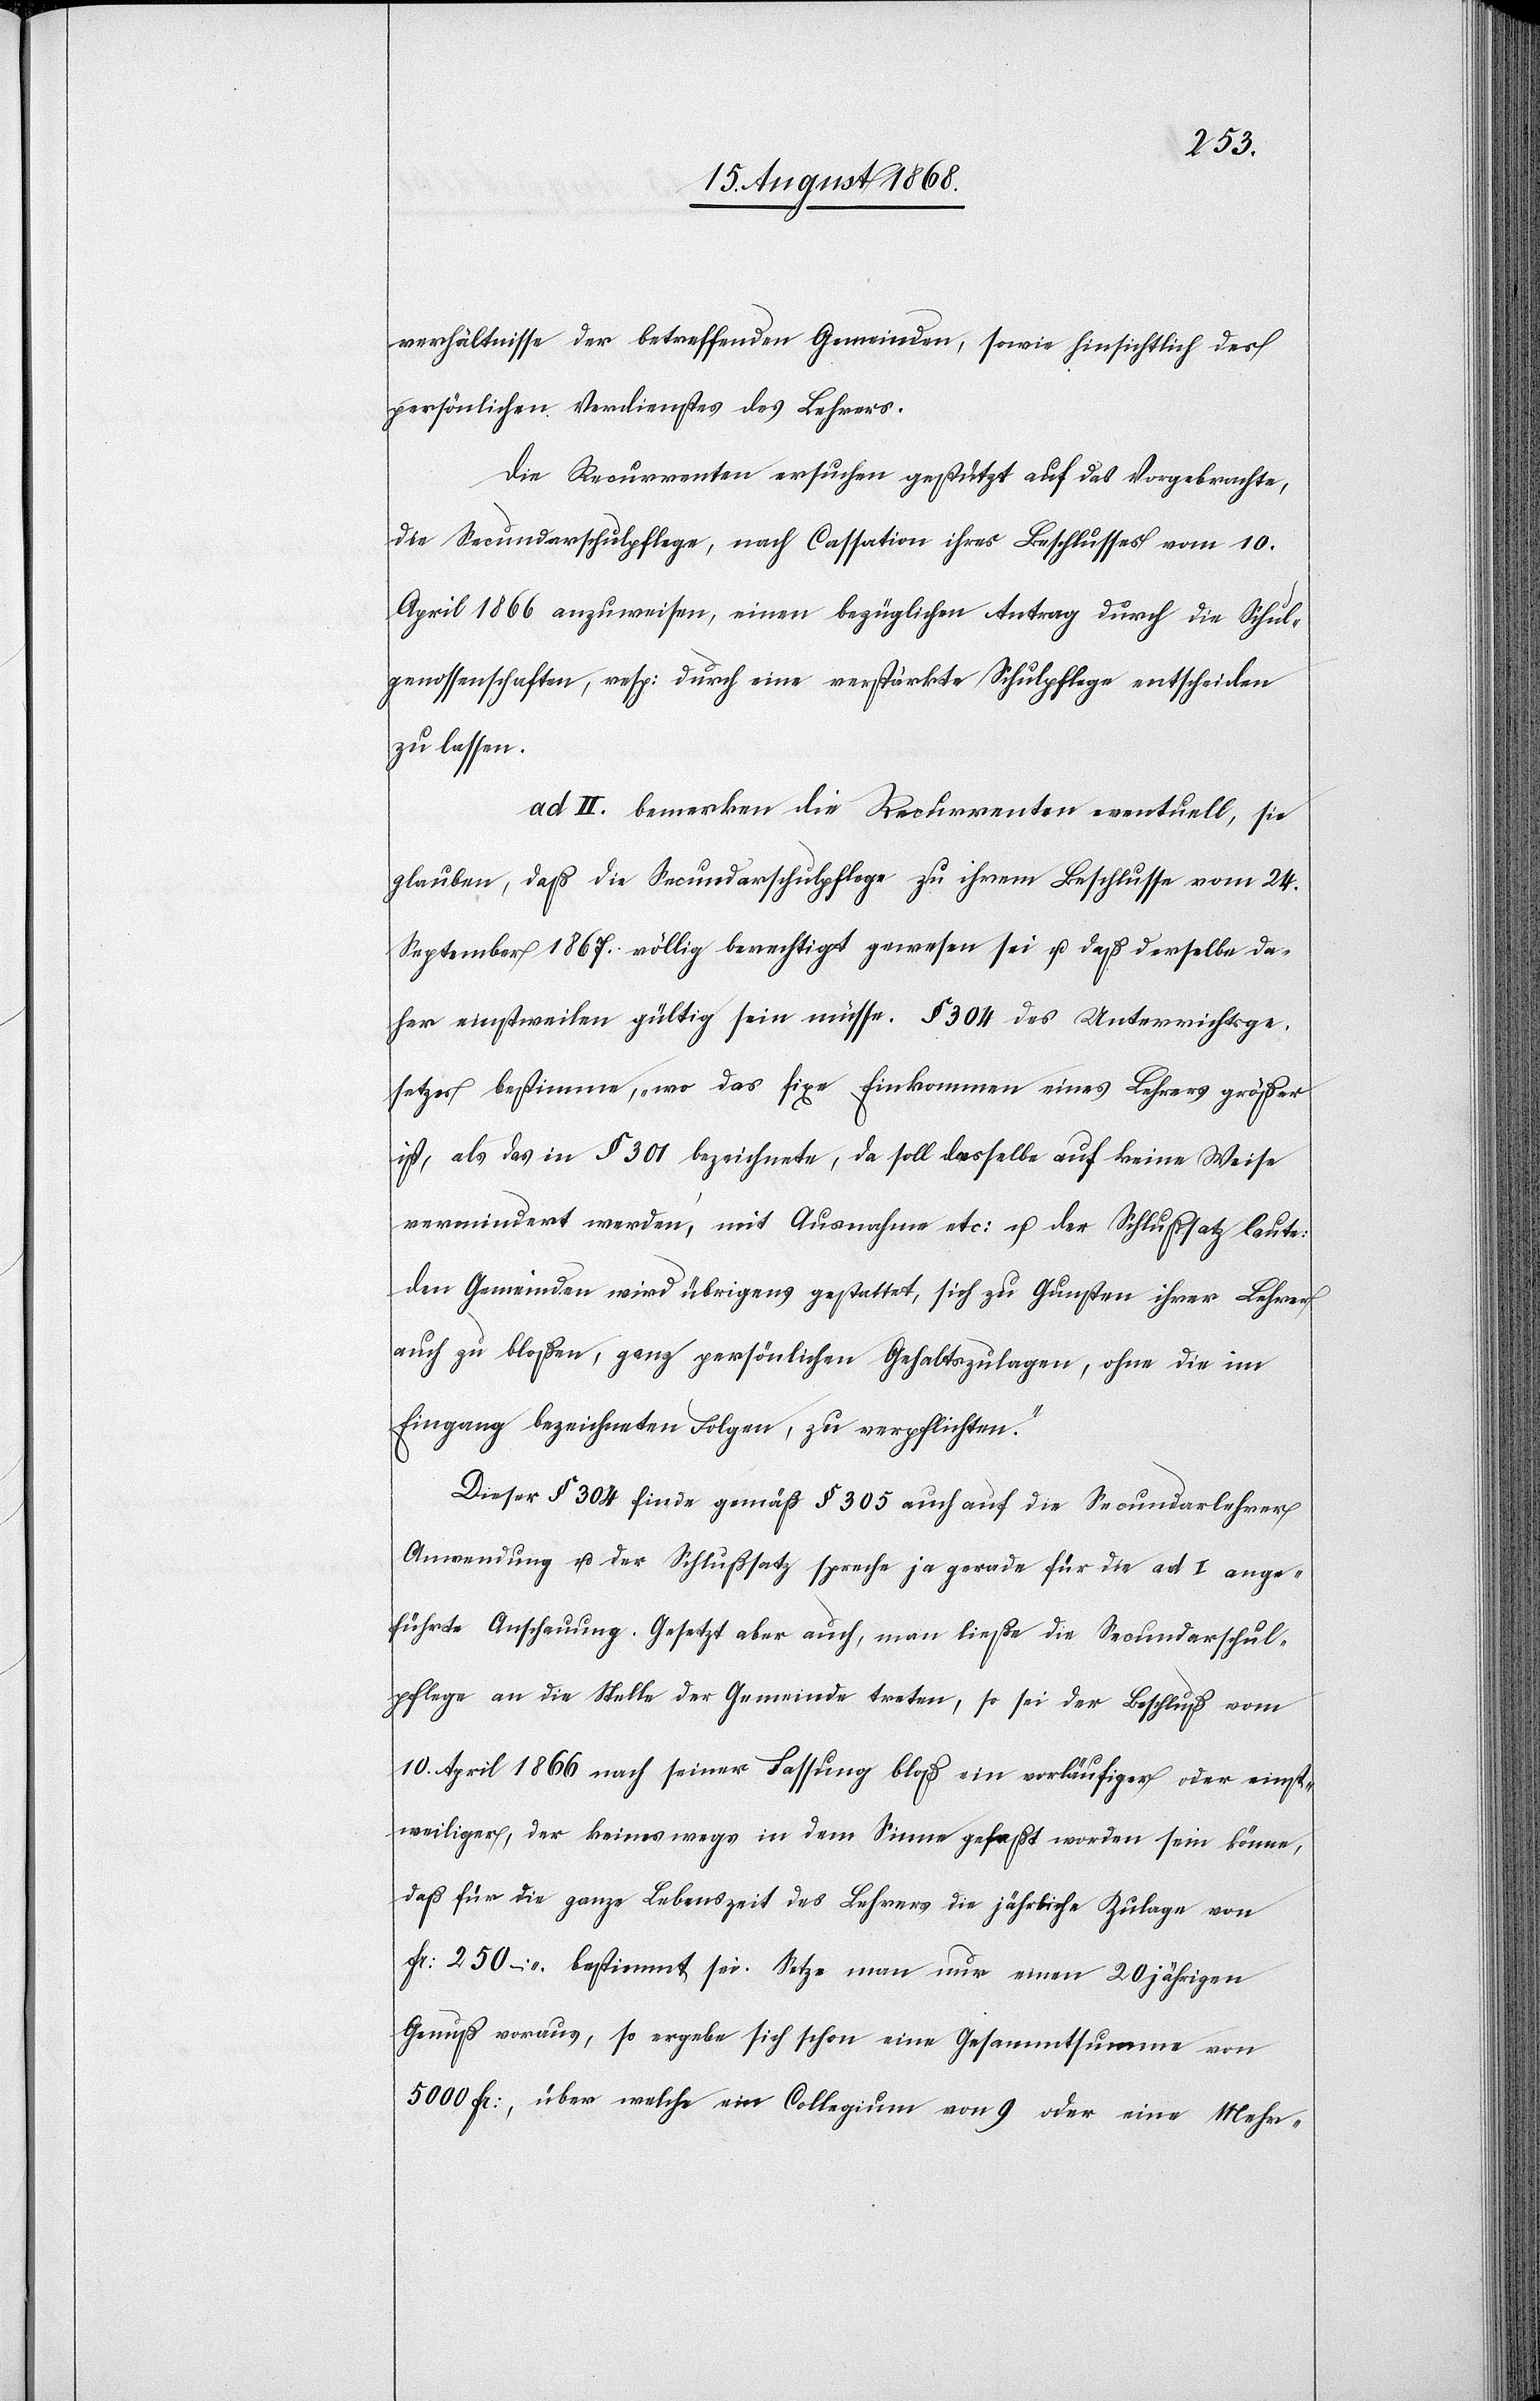
verhältnisse der betreffenden Gemeinden, sowie hinsichtlich des
persönlichen Verdienstes des Lehrers.
Die Recurrenten ersuchen gestützt auf das Vorgebrachte,
die Secundarschulpflege, nach Cassation ihres Beschlusses vom 10.
April 1866 anzuweisen, einen bezüglichen Antrag durch die Schul¬
genossenschaften, resp: durch eine verstärkte Schulpflege entscheiden
zu lassen.
ad II. bemerken die Recurrenten eventuell, sie
glauben, daß die Secundarschulpflege zu ihrem Beschlusse vom 24.
September 1867. völlig berechtigt gewesen sei u. daß derselbe da¬
her einstweilen gültig sein müsse. § 304 des Unterrichtsge¬
setzes bestimme, „wo das fixe Einkommen eines Lehrers größer
ist, als das in § 301 bezeichnete, da soll dasselbe auf keine Weise
vermindert werden“, mit Ausnahme etc: u. der Schlußsatz laute:
[„]Den Gemeinden wird übrigens gestattet, sich zu Gunsten ihrer Lehrer
auch zu bloßen, ganz persönlichen Gehaltszulagen, ohne die im
Eingang bezeichneten Folgen, zu verpflichten.“
Dieser § 304 finde gemäß § 305 auch auf die Secundarlehrer
Anwendung u. der Schlußsatz spreche ja gerade für die ad I ange¬
führte Anschauung. Gesetzt aber auch, man ließe die Secundarschul¬
pflege an die Stelle der Gemeinde treten, so sei der Beschluß vom
10. April 1866 nach seiner Fassung bloß ein vorläufiger oder einst¬
weiliger, der keineswegs in dem Sinne gefaßt worden sein könne,
daß für die ganze Lebenszeit des Lehrers die jährliche Zulage von
Fr: 250 – bestimmt sei. Setze man nur einen 20 jährigen
Genuß voraus, so ergebe sich schon eine Gesammtsumme von
5000 Fr:, über welche ein Collegium von 9 oder eine Mehr-